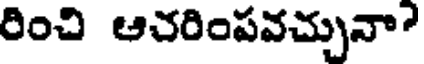
రించి ఆచరింపవచ్చునా?